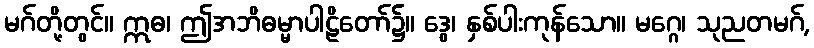
မဂ်တို့တွင်။ ဣဓ၊ ဤအဘိဓမ္မာပါဠိတော်၌။ ဒွေ၊ နှစ်ပါးကုန်သော။ မဂ္ဂေ၊ သုညတမဂ်,